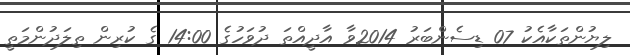
ލިޔުންތަކާއެކު 07 ޑިސެންބަރު 2014ވާ އާދީއްތަ ދުވަހުގެ 14:00 ގެ ކުރިން ތިލަދުންމަތީ